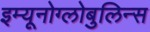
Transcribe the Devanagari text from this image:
इम्यूनोग्लोबुलिन्स